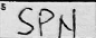
Transcription: SPN